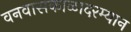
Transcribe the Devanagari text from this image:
वनवासकाळादरम्यान